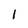
Character: 1